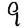
Digit: 9